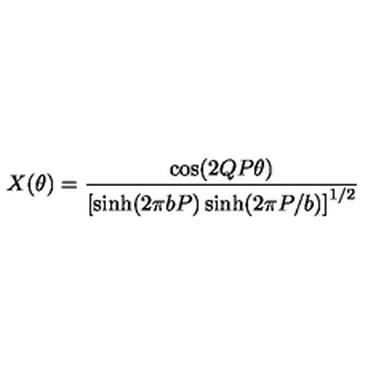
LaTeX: X ( \theta ) = \frac { \cos ( 2 Q P \theta ) } { \left[ \sinh ( 2 \pi b P ) \sinh ( 2 \pi P / b ) \right] ^ { 1 / 2 } }